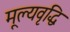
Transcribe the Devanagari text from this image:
मूल्‍यवृद्धि